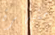
منبهرة